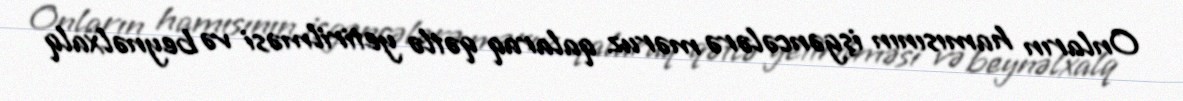
Onların hamısının işgəncələrə məruz qalaraq qətlə yetirilməsi və beynəlxalq